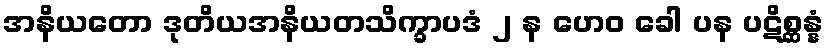
အနိယတော ဒုတိယအနိယတသိက္ခာပဒံ ၂ န ဟေဝ ခေါ ပန ပဋိစ္ဆန္နံ